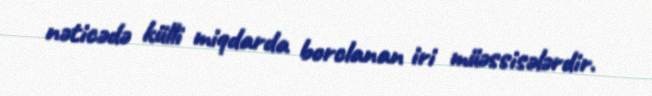
nəticədə külli miqdarda borclanan iri müəssisələrdir.